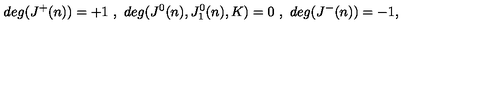
d e g ( J ^ { + } ( n ) ) = + 1 \ , \ d e g ( J ^ { 0 } ( n ) , J _ { 1 } ^ { 0 } ( n ) , K ) = 0 \ , \ d e g ( J ^ { - } ( n ) ) = - 1 ,